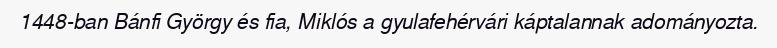
1448-ban Bánfi György és fia, Miklós a gyulafehérvári káptalannak adományozta.